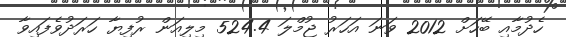
ހެދުމާއި ބޭހަށް 2012 ވަނަ އަހަރު ޖުމްލަ 524.4 މިލިއަން ރުފިޔާ ހަރަދުވެފައިވާ